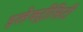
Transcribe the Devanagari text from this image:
इलेक्ट्रीसिटी